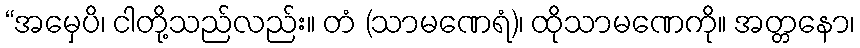
“အမှေပိ၊ ငါတို့သည်လည်း။ တံ (သာမဏေရံ)၊ ထိုသာမဏေကို။ အတ္တနော၊